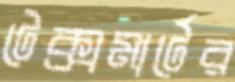
টেক্সমার্টের